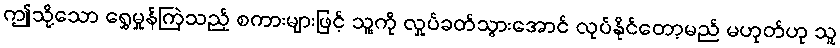
ဤသို့သော ရွှေမှုန်ကြဲသည့် စကားများဖြင့် သူ့ကို လှုပ်ခတ်သွားအောင် လုပ်နိုင်တော့မည် မဟုတ်ဟု သူ